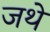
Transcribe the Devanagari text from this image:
जथे